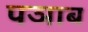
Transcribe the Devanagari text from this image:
पञाब